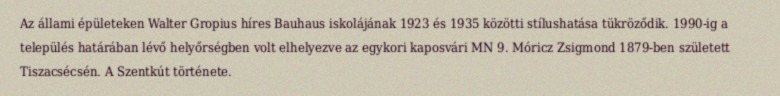
Az állami épületeken Walter Gropius híres Bauhaus iskolájának 1923 és 1935 közötti stílushatása tükröződik. 1990-ig a település határában lévő helyőrségben volt elhelyezve az egykori kaposvári MN 9. Móricz Zsigmond 1879-ben született Tiszacsécsén. A Szentkút története.